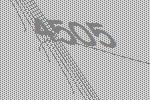
4505